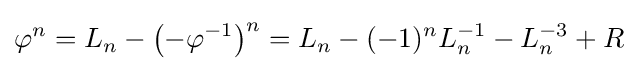
\varphi ^{n}=L_{n}-{\bigl (}{-\varphi ^{-1}}{\bigr )}^{n}=L_{n}-(-1)^{n}L_{n}^{-1}-L_{n}^{-3}+R